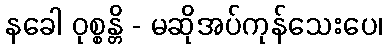
နခေါ ဝုစ္စန္တိ - မဆိုအပ်ကုန်သေးပေ၊